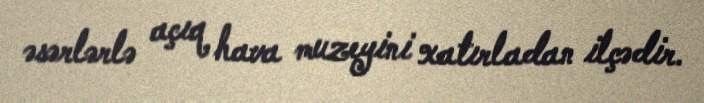
əsərlərlə açıq hava muzeyini xatırladan ilçədir.